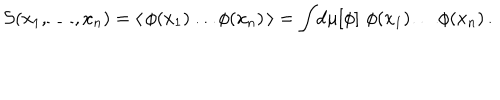
LaTeX: { \cal S } ( x _ { 1 } , \dots , x _ { n } ) = \langle \, \phi ( x _ { 1 } ) \dots \phi ( x _ { n } ) \, \rangle = \int \! \mathrm { d } \mu [ \phi ] \, \, \phi ( x _ { 1 } ) \dots \phi ( x _ { n } ) \, .